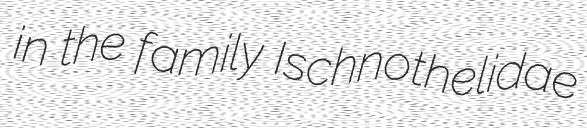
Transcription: in the family Ischnothelidae